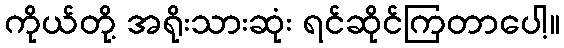
ကိုယ်တို့ အရိုးသားဆုံး ရင်ဆိုင်ကြတာပေါ့။